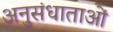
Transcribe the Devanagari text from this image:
अनुसंधाताओं